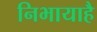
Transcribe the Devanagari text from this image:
निभायाहै